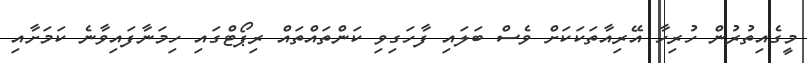
މީގެއިތުރުން ހުރިހާ އޭރިއާތަކަކަށް ވެސް ބަލައި ފާހަގިވި ކަންތައްތައް ރިޕޯޓްގައި ހިމަނާފައިވާނެ ކަމަށާއި